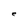
Character: e